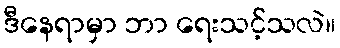
ဒီနေရာမှာ ဘာ ရေးသင့်သလဲ။